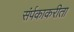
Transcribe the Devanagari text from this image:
संर्पकाकरीता